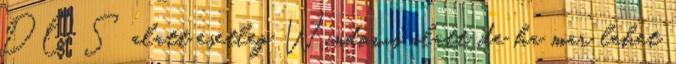
DOS alatt esetleg Windows alatt, de ha mar lehet